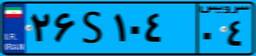
۵۳S۲۶۶۱۹